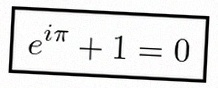
e^{i\pi}+1=0